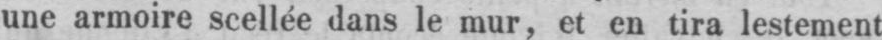
une armoire scellée dans le mur, et en tira lestement